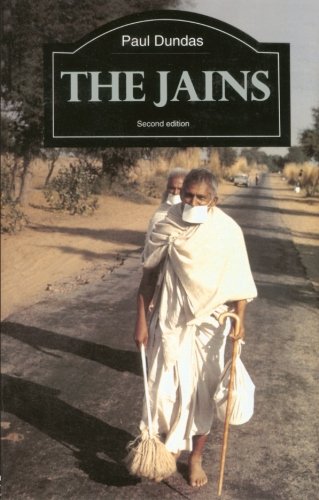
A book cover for The Jains (The Library of Religious Beliefs and Practices); Paul Dundas; Religion & Spirituality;